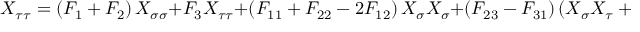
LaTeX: X _ { \tau \tau } = \left( F _ { 1 } + F _ { 2 } \right) X _ { \sigma \sigma } + F _ { 3 } X _ { \tau \tau } + \left( F _ { 1 1 } + F _ { 2 2 } - 2 F _ { 1 2 } \right) X _ { \sigma } X _ { \sigma } + \left( F _ { 2 3 } - F _ { 3 1 } \right) \left( X _ { \sigma } X _ { \tau } + X _ { \tau } X _ { \sigma } \right) + F _ { 3 3 } X _ { \tau } X _ { \tau } .